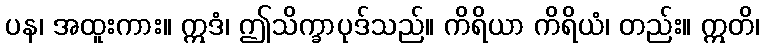
ပန၊ အထူးကား။ ဣဒံ၊ ဤသိက္ခာပုဒ်သည်။ ကိရိယာ ကိရိယံ၊ တည်း။ ဣတိ၊